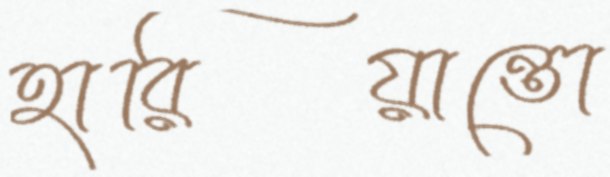
হারিয়ান্তো